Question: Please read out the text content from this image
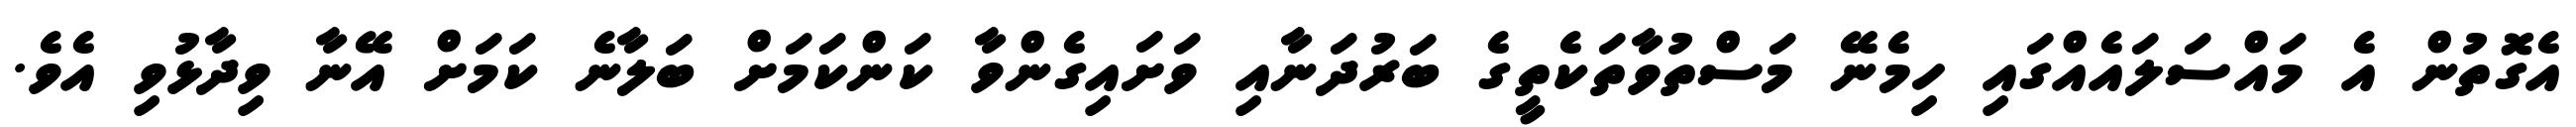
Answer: އެގޮތުން އެ މައްސަލައެއްގައި ހިމެނޭ މަސްތުވާތަކެތީގެ ބަރުދަނާއި ވަށައިގެންވާ ކަންކަމަށް ބަލާނެ ކަމަށް އޭނާ ވިދާޅުވި އެވެ.